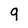
Character: q